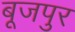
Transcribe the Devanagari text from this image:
बूजपुर